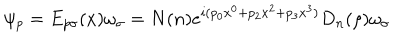
LaTeX: \psi _ { p } = E _ { p \sigma } ( x ) \omega _ { \sigma } = N ( n ) e ^ { i ( p _ { 0 } x ^ { 0 } + p _ { 2 } x ^ { 2 } + p _ { 3 } x ^ { 3 } ) } D _ { n } ( \rho ) \omega _ { \sigma }